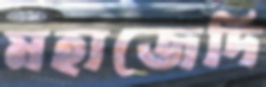
মহাজেদি